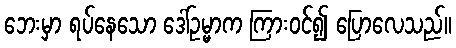
ဘေးမှာ ရပ်နေသော ဒေါ်ဥမ္မာက ကြားဝင်၍ ပြောလေသည်။